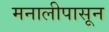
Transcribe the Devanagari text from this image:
मनालीपासून